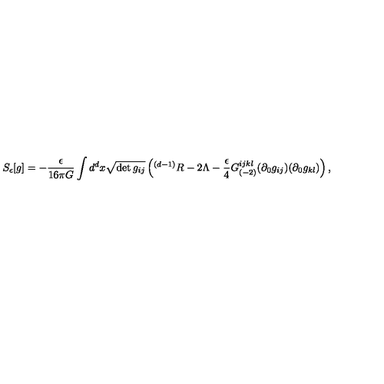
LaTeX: S _ { \epsilon } [ g ] = - \frac { \epsilon } { 1 6 \pi G } \int d ^ { d } x \sqrt { \det g _ { i j } } \left( { } ^ { ( d - 1 ) } R - 2 \Lambda - \frac { \epsilon } { 4 } G _ { ( - 2 ) } ^ { i j k l } ( \partial _ { 0 } g _ { i j } ) ( \partial _ { 0 } g _ { k l } ) \right) ,